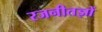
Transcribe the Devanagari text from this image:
रजनीतज्ञों